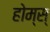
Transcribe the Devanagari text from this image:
होम्स्